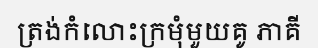
ត្រង់កំលោះក្រមុំមួយគូ ភាគី